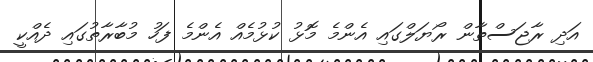
އަދި ރާޖަސްތާން ރޯޔަލްގައި އެންމެ މޮޅު ކުޅުމެއް އެންމެ ފަހު މުބާރާތުގައި ދެއްކީ